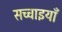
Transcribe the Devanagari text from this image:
सच्चाइयाँ